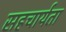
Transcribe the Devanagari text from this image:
सहचार्यता